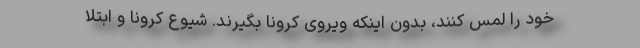
خود را لمس کنند، بدون اینکه ویروی کرونا بگیرند. شیوع کرونا و ابتلا